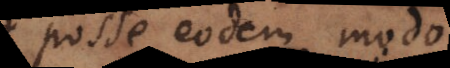
posse eodem modo